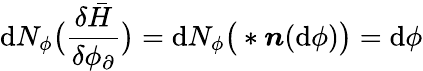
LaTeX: \mathrm{d}N_{\phi}\big(\frac{{\delta\bar{{H}}}}{{\delta\phi_{\partial}}}\big)=\mathrm{d}N_{\phi}\big(\ast\boldsymbol{n}(\mathrm{d}\phi)\big)=\mathrm{d}\phi